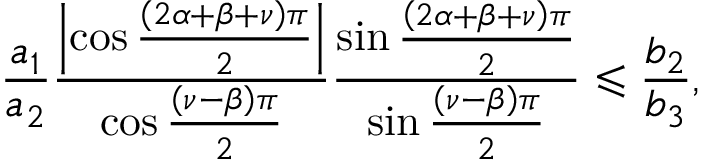
\frac { a _ { 1 } } { a _ { 2 } } \frac { \left\vert \cos \frac { \left( 2 \alpha + \beta + \nu \right) \pi } { 2 } \right\vert } { \cos \frac { \left( \nu - \beta \right) \pi } { 2 } } \frac { \sin \frac { \left( 2 \alpha + \beta + \nu \right) \pi } { 2 } } { \sin \frac { \left( \nu - \beta \right) \pi } { 2 } } \leqslant \frac { b _ { 2 } } { b _ { 3 } } ,